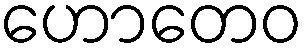
ဟောတေဝ